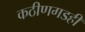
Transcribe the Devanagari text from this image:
कठीणगडही